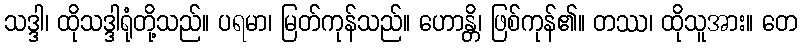
သဒ္ဒါ၊ ထိုသဒ္ဒါရုံတို့သည်။ ပရမာ၊ မြတ်ကုန်သည်။ ဟောန္တိ၊ ဖြစ်ကုန်၏။ တဿ၊ ထိုသူအား။ တေ